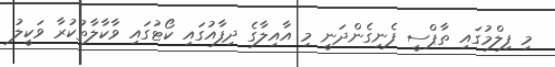
މި ފިލްމުގައި ތާޕްސީ ފެނިގެންދަނީ މި އާއިލާގެ ދިފާއުގައި ކޯޓުގައި ވާކާލާތުކުރާ ވަކީލު